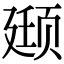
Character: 颋